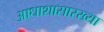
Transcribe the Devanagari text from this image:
आधाशासारख्या